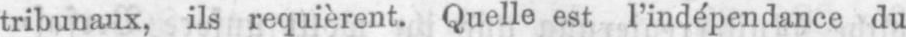
tribunaux, ils requièrent. Quelle est l’indépendance du